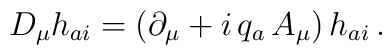
D_{\mu}h_{ai} = (\partial_{\mu} + i\, q_a\, A_{\mu})\,h_{ai}\,.